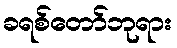
ခရစ်တော်ဘုရား